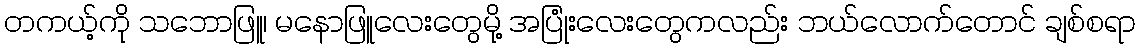
တကယ့်ကို သဘောဖြူ၊ မနောဖြူလေးတွေမို့ အပြုံးလေးတွေကလည်း ဘယ်လောက်တောင် ချစ်စရာ